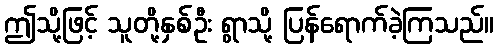
ဤသို့ဖြင့် သူတို့နှစ်ဦး ရွာသို့ ပြန်ရောက်ခဲ့ကြသည်။